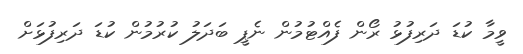
ވީމާ ކުޑަ ދަރިފުޅު ރޯން ފެއްޓުމުން ނެޕީ ބަދަލު ކުރުމުން ކުޑަ ދަރިފުޅަށް